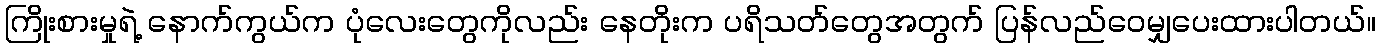
ကြိုးစားမှုရဲ့ နောက်ကွယ်က ပုံလေးတွေကိုလည်း နေတိုးက ပရိသတ်တွေအတွက် ပြန်လည်ဝေမျှပေးထားပါတယ်။